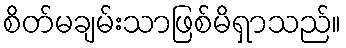
စိတ်မချမ်းသာဖြစ်မိရှာသည်။